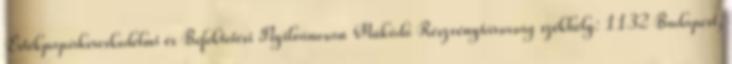
Értékpapírkereskedelmi és Befektetési Nyilvánosan Működő Részvénytársaság székhely: 1132 Budapest,